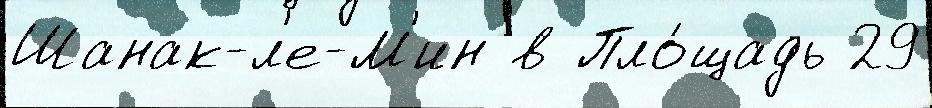
Шанак-л'е-М'ин в Пло́щадь 29